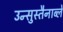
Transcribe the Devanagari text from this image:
उन्सुस्तैनाब्ले